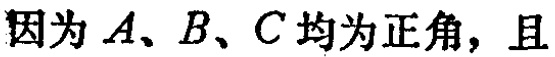
因为 \(A、B、C\) 均为正角，且